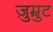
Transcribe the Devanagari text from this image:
ज़ुम्रुट